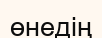
өнедің